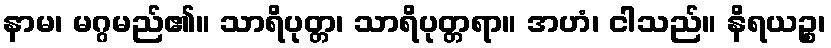
နာမ၊ မဂ္ဂမည်၏။ သာရိပုတ္တ၊ သာရိပုတ္တရာ။ အဟံ၊ ငါသည်။ နိရယဉ္စ၊